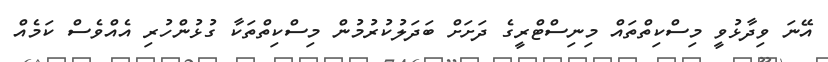
އޭނަ ވިދާޅުވީ މިސްކިތްތައް މިނިސްޓްރީގެ ދަށަށް ބަދަލުކުރުމުން މިސްކިތްތަކާ ގުޅުންހުރި އެއްވެސް ކަމެއް